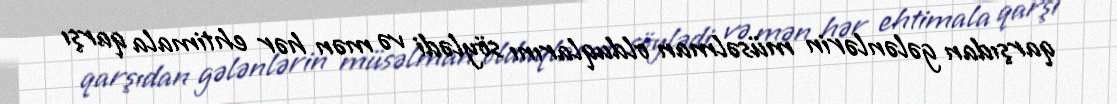
qarşıdan gələnlərin müsəlman olduqlarını söylədi və mən hər ehtimala qarşı